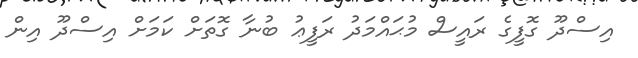
އިސްދޫ ގޮފީގެ ރައީސް މުޙައްމަދު ރަފީޢު ބުނާ ގޮތަށް ކަމަށް އިސްދޫ އިން